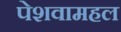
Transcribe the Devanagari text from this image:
पेशवामहल